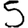
Digit: 5